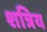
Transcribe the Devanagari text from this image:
शत्रिय